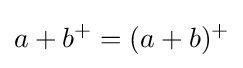
a+b^{+}=(a+b)^{+}